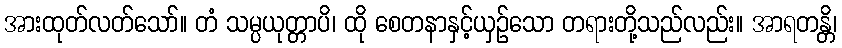
အားထုတ်လတ်သော်။ တံ သမ္ပယုတ္တာပိ၊ ထို စေတနာနှင့်ယှဉ်သော တရားတို့သည်လည်း။ အာရတန္တိ၊